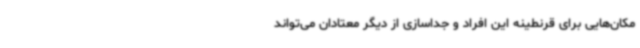
مکان‌هایی برای قرنطینه این افراد و جداسازی از دیگر معتادان ‌می‌تواند